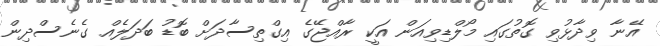
އޭނާ ވިދާޅުވި ގޮތުގައި މޯލްޑިވިއަން އަކީ ރާއްޖޭގެ އިގްތިސާދަށް ބޮޑު ބަދަލެއް ގެނެސްދިން